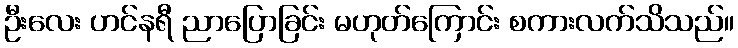
ဦးလေး ဟင်နရီ ညာပြောခြင်း မဟုတ်ကြောင်း စကားလက်သိသည်။